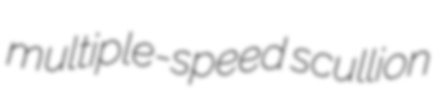
multiple-speed scullion